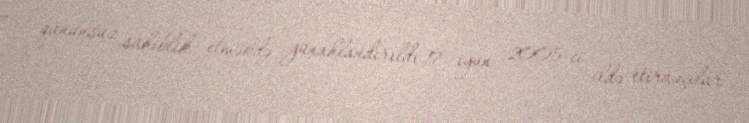
qanunsuz sahiblik etməkdə günahlandırıldı.17 iyun 2005-ci ildə etirazçılar